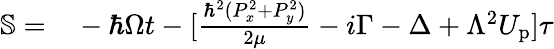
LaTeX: \begin{array}{rl}{\mathbb{S}=}&{{}-\hbar\Omega t-[\frac{\hbar^{2}(P_{x}^{2}+P_{y}^{2})}{2\mu}-i\Gamma-\Delta+\Lambda^{2}U_{\mathrm{p}}]\tau}\end{array}